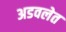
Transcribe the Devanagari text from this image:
अडवलेत